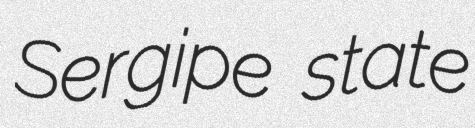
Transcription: Sergipe state